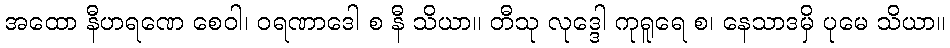
အထော နီဟရဏေ စေဝါ၊ ဝရဏာဒေါ စ နီ သိယာ။ တီသု လုဒ္ဒေါ ကုရူရေ စ၊ နေသာဒမှိ ပုမေ သိယာ။